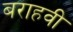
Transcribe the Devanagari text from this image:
बराहवी